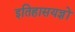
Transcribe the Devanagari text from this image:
इतिहासयज्ञों